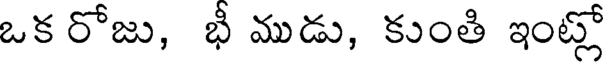
ఒక రోజు, భీ ముడు, కుంతి ఇంట్లో